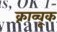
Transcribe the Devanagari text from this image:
क्राव्चूक